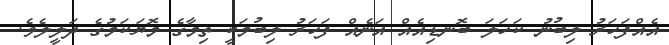
އެއްފަހަރު ލިބުނު ކަހަލަ ބޮނޑިއެއް އަނެއް ފަހަރު ލިބުމަކީ ތިމާގެ މޮޔަކަމުގެ ދަލީލެވެ.